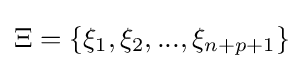
\Xi =\{\xi _{1},\xi _{2},...,\xi _{n+p+1}\}